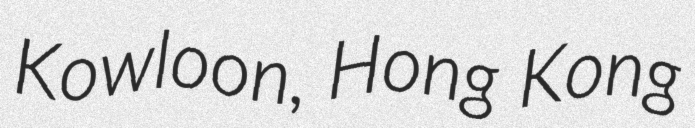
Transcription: Kowloon, Hong Kong